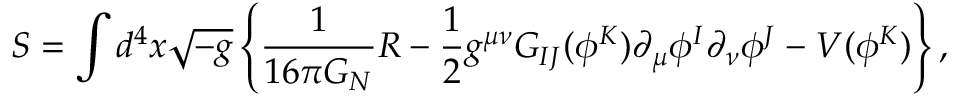
S = \int d ^ { 4 } x \sqrt { - g } \left\{ { \frac { 1 } { 1 6 \pi G _ { N } } } { \cal R } - \frac { 1 } { 2 } g ^ { \mu \nu } G _ { I J } ( \phi ^ { K } ) \partial _ { \mu } \phi ^ { I } \partial _ { \nu } \phi ^ { J } - V ( \phi ^ { K } ) \right\} ,